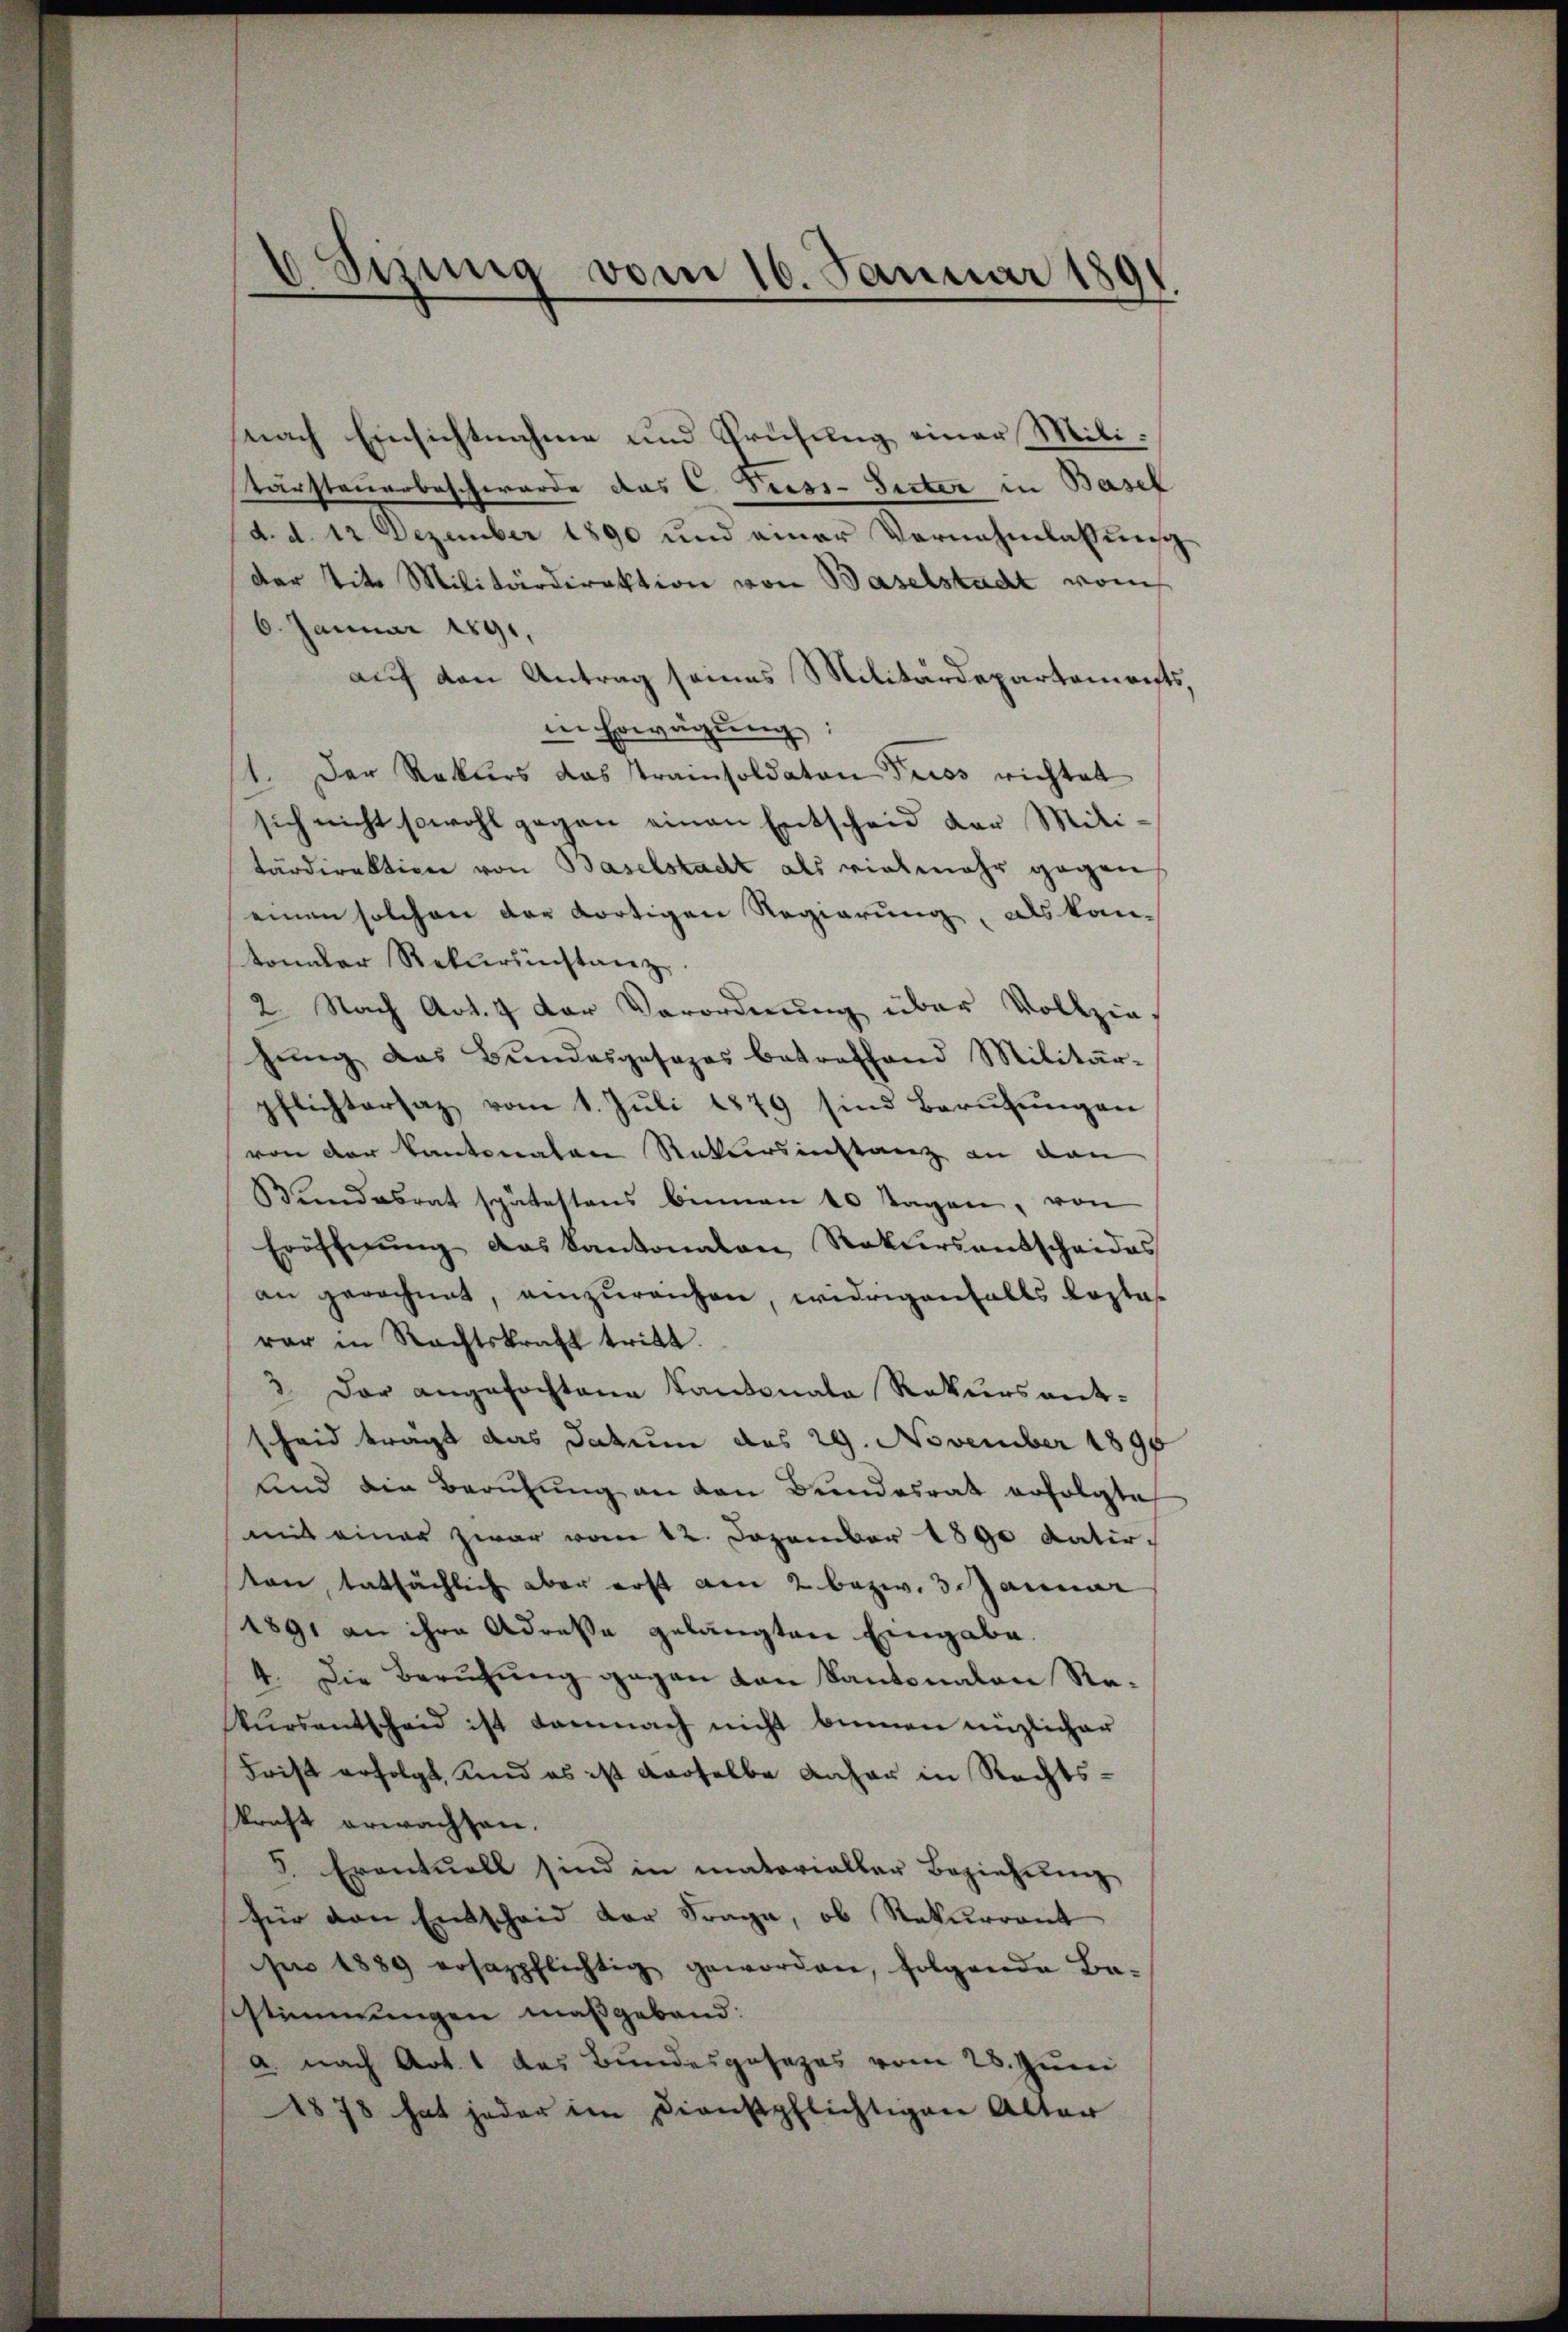
6 Sinnig vom 16. Januar 1891
e

nach Einsichtnahme und Prüfung einer Mili¬
Tarsteuerbeschwerde des C. Press-Secten in Basel
d. d. 12. Dezember 1890 und einer Vernehmlassung
dar tit. Militärdirektion von Baselstadt vom
6. Januar 1891.
auf den Antrag seines Militärdepartements,
in Erwägung
t. Der Rekurs das Trainsoldaten duos richtet
sich nicht sowohl gegen einen Entscheid der Militärdirektion von Baselstadt als vielmehr gegen
einen solchen der dortigen Regierung, als kantonaler Rekursinstanz
2. Nach Art. 4 der Verordnung über Vollzie-
hŭng das Bŭndesgesezes betreffend Militär-
pflichtersaz vom 1. Juli 1879 sind Berufungen
von der Kantonalen Rekursinstanz an dan
Bŭndesrat spätestens binnen 10 Tagen, von
Eröffnŭng das Kantonalen Rekursentscheides
an gerechnet, einzureichen, widrigenfalls Kostarar in Rechtskraft tritt.
3. Der angefochtene Kantonale Rekursant-
scheid trägt das Datum des 29. November 1895
und die Berufung an den Bundesrat erfolgte
mit einer zwar vom 12. Dezember 1890 datirvon tatsächlich aber erst am 2. bezw. 3. Januar
1891 an ihre Adresse gelangten Eingabe.
4. Die Berufung gegen von Kantonalen Rekŭrsentscheid ist demnach nicht binnen nüzlicher
Frist erfolgt, und es ist derselbe daher in Rechtskraft erwachten.
5. Eventuell sind in matorialler Beziehung
für den Entscheid der Frage, ob Rekurrent
he 1889 ersazpflichtig geworden, folgende Ba-
sstimmungen maßgebend:
a. nach Art. 1 das Bundesgesezes vom 28. Juni
1878 hat jeder im Dienstpflichtigen Alter